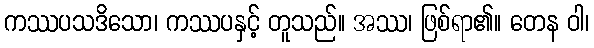
ကဿပသဒိသော၊ ကဿပနှင့် တူသည်။ အဿ၊ ဖြစ်ရာ၏။ တေန ဝါ၊